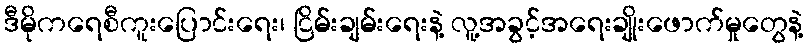
ဒီမိုကရေစီကူးပြောင်းရေး၊ ငြိမ်းချမ်းရေးနဲ့ လူ့အခွင့်အရေးချိုးဖောက်မှုတွေနဲ့